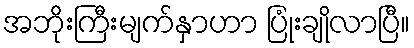
အဘိုးကြီးမျက်နှာဟာ ပြုံးချိုလာပြီ။